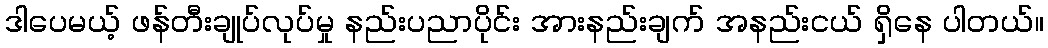
ဒါပေမယ့် ဖန်တီးချုပ်လုပ်မှု နည်းပညာပိုင်း အားနည်းချက် အနည်းငယ် ရှိနေ ပါတယ်။